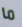
ما